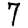
Digit: 7